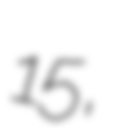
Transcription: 15,